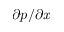
\partial p / \partial x